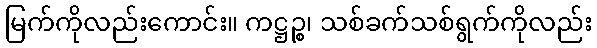
မြက်ကိုလည်းကောင်း။ ကဋ္ဌဉ္စ၊ သစ်ခက်သစ်ရွက်ကိုလည်း